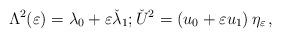
LaTeX: \begin{align*} \Lambda^2(\varepsilon) =\lambda_0+\varepsilon \check \lambda_1 ; \check U^2=(u_0+\varepsilon u_1)\, \eta_\varepsilon \,,\end{align*}